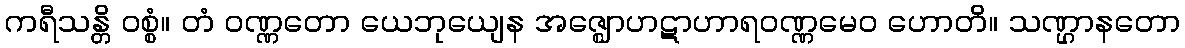
ကရီသန္တိ ဝစ္စံ။ တံ ဝဏ္ဏတော ယေဘုယျေန အဇ္ဈောဟဋာဟာရဝဏ္ဏမေဝ ဟောတိ။ သဏ္ဌာနတော